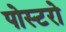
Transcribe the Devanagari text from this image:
पोस्टरो